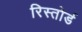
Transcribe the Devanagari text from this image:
रिस्तोर्ड